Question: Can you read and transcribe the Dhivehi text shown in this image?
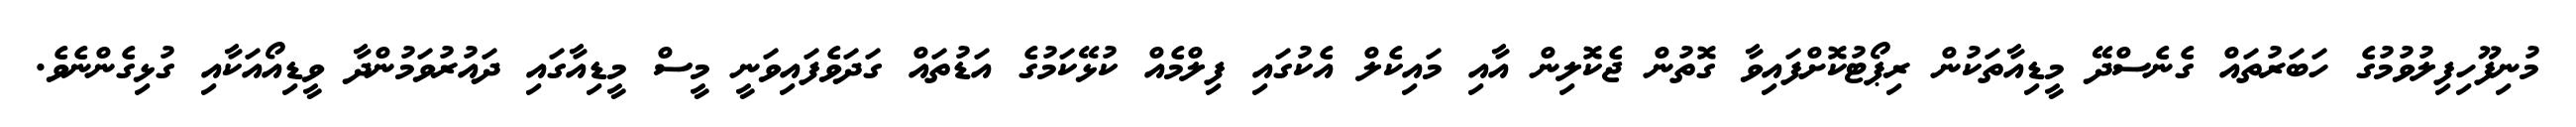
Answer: މުނިފޫހިފިލުވުމުގެ ހަބަރުތައް ގެނެސްދޭ މީޑިއާތަކުން ރިޕޯޓުކޮށްފައިވާ ގޮތުން ޖެކޮލިން އާއި މައިކެލް އެކުގައި ފިލްމެއް ކުޅޭކަމުގެ އަޑުތައް ގަދަވެފައިވަނީ މީސް މީޑިއާގައި ދައުރުވަމުންދާ ވީޑިއޯއަކާއި ގުޅިގެންނެވެ.